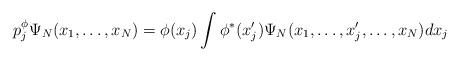
LaTeX: \begin{align*} p^\phi_j \Psi_N(x_1, \ldots, x_N) = \phi(x_j) \int \phi^\ast(x_j') \Psi_N(x_1, \ldots, x_j', \ldots, x_N) dx_j\end{align*}